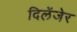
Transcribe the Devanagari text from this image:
दिलेंजेर